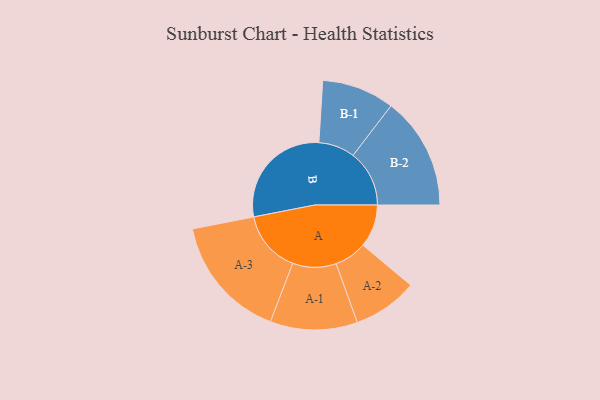
{"axis": {"x": "Segment", "y": "Value"}, "legend": ["", "A", "B"], "data": [{"x": "A", "y": 152, "type": ""}, {"x": "B", "y": 398, "type": ""}, {"x": "A-1", "y": 155, "type": "A"}, {"x": "A-2", "y": 115, "type": "A"}, {"x": "A-3", "y": 221, "type": "A"}, {"x": "B-1", "y": 129, "type": "B"}, {"x": "B-2", "y": 200, "type": "B"}]}